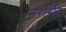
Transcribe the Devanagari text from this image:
नरर्सिह